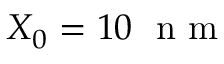
X _ { 0 } = 1 0 ~ \mathrm { ~ n ~ m ~ }